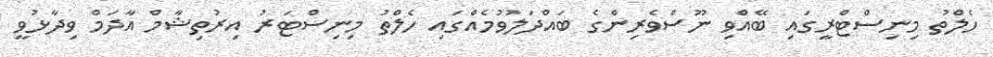
ހެލްތު މިނިސްޓްރީގައި ބޭއްވި ނޫސްވެރިންގެ ބައްދަލުވުމެއްގައި ހެލްތު މިނިސްޓަރު އިރުތިޝާމް އާދަމް ވިދާޅުވީ